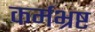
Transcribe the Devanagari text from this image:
कर्मभ्रष्ट